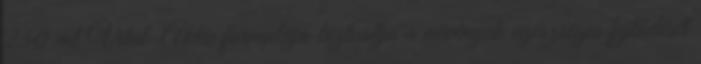
250 ml Vital-Aktív formulája biztosítja a növények egészséges fejlődését